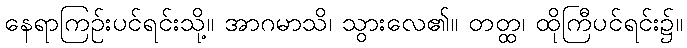
နေရာကြဉ်းပင်ရင်းသို့။ အာဂမာသိ၊ သွားလေ၏။ တတ္ထ၊ ထိုကြီပင်ရင်း၌။